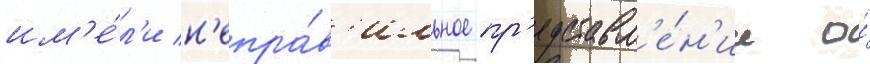
им'е́л'и н'епра́в'ильное пр'едставл'е́н'ие о́